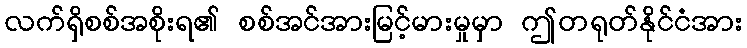
လက်ရှိစစ်အစိုးရ၏ စစ်အင်အားမြင့်မားမှုမှာ ဤတရုတ်နိုင်ငံအား